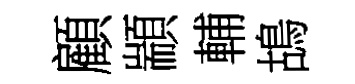
顧顓輔鴣